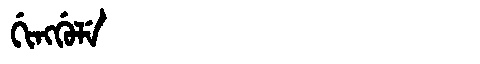
Manchu: ᡤᡳᠩᡤᡠᠯᡝ
Romanization: GINGGULE